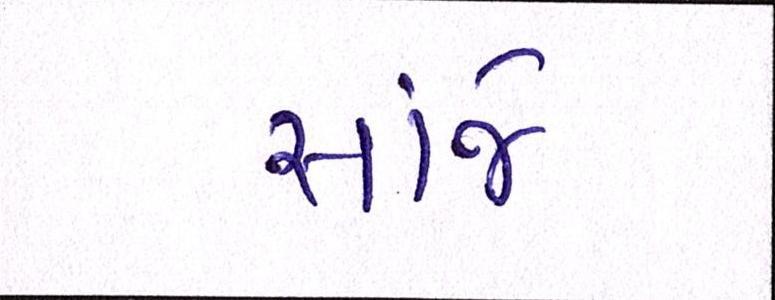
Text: સાંજે